Medical and sanitary report on the native army of Bombay for the year
Year: 1879
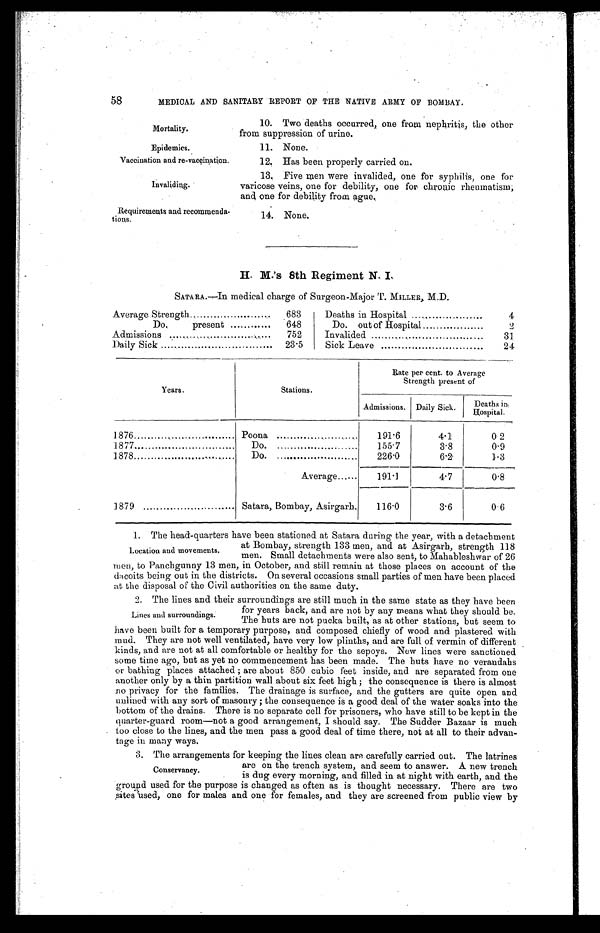
Mortality.
Epidemics.
Vaccination and re-vaccination.
Invaliding.
Requirements and recommenda-
tions.
58
MEDICAL AND SANITARY REPORT OF THE NATIVE ARMY OF BOMBAY.
10. Two deaths occurred, one from nephritis, the other
from suppression of urine.
11. None.
12. Has been properly carried on.
13. Five men were invalided, one for syphilis, one for
varicose veins, one for debility, one for chronic rheumatism;
and one for debility from a gue.
14. None.
H. M.'s 8th Regiment N. I.
SATARA.—In medical charge of Surgeon-Major T. MILLER, M.D.
Average Strength . . .
683
Do. present . . .
648
Admissions . . .
752
Daily Sick . . .
23.5
Deaths in Hospital . . .
4
Do. out of Hospital . . .
2
Invalided . . .
31
Sick Leave . . .
24
Years.
Stations.
Rate per cent. to Average
Strength present of
Admissions. Daily Sick.
Deaths in
Hospital.
1876 . . .
Poona . . .
191.6
4.1
0.2
1877 . . .
Do. . . .
155.7
3.8
0.9
1878 . . .
Do. . . .
226.0
6.2
1.3
Average . . .
191.1
4.7
0.8
1879 . . .
Satara, Bombay, Asirgarh.
116.0
3.6
0.6
1. The head-quarters have been stationed at Satara during the year, with a detachment
at Bombay, strength 133 men, and at Asirgarh, strength 118
men. Small detachments were also sent, to Mahableshwar of 26
men, to Panchgunny 13 men, in October, and still remain at those places on account of the
dacoits being out in the districts. On several occasions small parties of men have been placed
at the disposal of the Civil authorities on the same duty.
2. The lines and their surroundings are still much in the same state as they have been
for years back, and are not by any means what they should be.
The huts are not pucka built, as at other stations, but seem to
have been built for a temporary purpose, and composed chiefly of wood and plastered with
mud. They are not well ventilated, have very low plinths, and are full of vermin of different
kinds, and are not at all comfortable or healthy for the sepoys. New lines were sanctioned
some time ago, but as yet no commencement has been made. The huts have no verandahs
or bathing places attached ; are about 850 cubic feet inside, and are separated from one
another only by a thin partition wall about six feet high ; the consequence is there is almost
no privacy for the families. The drainage is surface, and the gutters are quite open and
unlined with any sort of masonry ; the consequence is a good deal of the water soaks into the
bottom of the drains. There is no separate cell for prisoners, who have still to be kept in the
quarter-guard room—not a good arrangement, I should say. The Sudder Bazaar is much
too close to the lines, and the men pass a good deal of time there, not at all to their advan-
tage in many ways.
Location and movements.
Lines and surroundings.
3. The arrangements for keeping the lines clean are carefully carried out. The latrines
are on the trench system, and seem to answer. A new trench
is dug every morning, and filled in at night with earth, and the
ground used for the purpose is changed as often as is thought necessary. There are two
sites used, one for males and one for females, and they are screened from public view by
Conservancy.